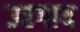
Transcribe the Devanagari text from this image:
उरगाय